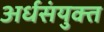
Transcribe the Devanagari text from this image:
अर्धसंयुक्त